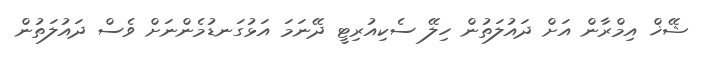
ޝޭޚް އިމްރާން އަށް ދައުލަތުން ހިލޭ ސެކިއުރިޓީ ދޭނަމަ އަޅުގަނޑުމެންނަށް ވެސް ދައުލަތުން